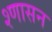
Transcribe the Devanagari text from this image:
श्णासन